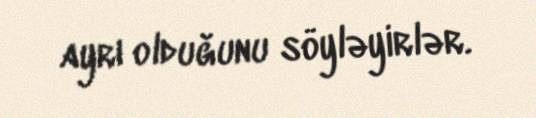
ayrı olduğunu söyləyirlər.